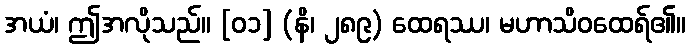
အယံ၊ ဤအလိုသည်။ [၀၁] (နိ၊ ၂၈၉) ထေရဿ၊ မဟာသိဝထေရ်၏။